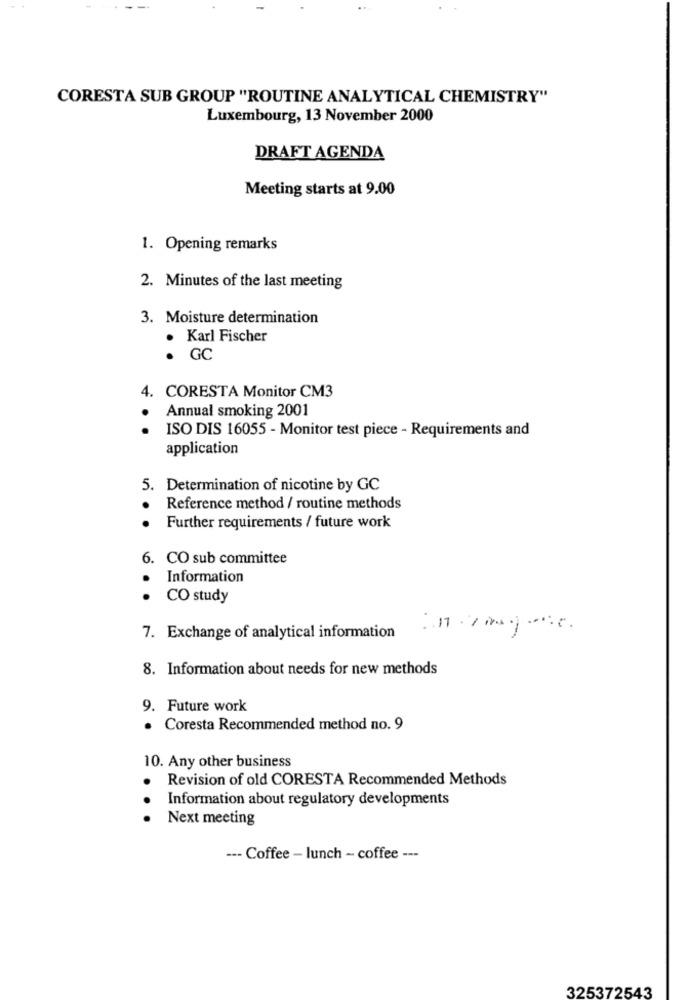
CORESTA SUB GROUP "ROUTINE ANALYTICAL CHEMISTRY"
Luxembourg, 13 November 2000
DRAFT AGENDA
Meeting starts at 9.00
1. Opening remarks
2. Minutes of the last meeting
3. Moisture determination
Karl Fischer
. GC
4. CORESTA Monitor CM3
Annual smoking 2001
ISO DIS 16055 - Monitor test piece - Requirements and
application
5. Determination of nicotine by GC
.
Reference method / routine methods
Further requirements / future work
6. CO sub committee
Information
..
CO study
7. Exchange of analytical information
8. Information about needs for new methods
9. Future work
. Coresta Recommended method no. 9
10. Any other business
Revision of old CORESTA Recommended Methods
.
Information about regulatory developments
Next meeting
--- Coffee - lunch - coffee ---
325372543